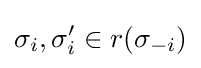
\sigma _{i},\sigma '_{i}\in r(\sigma _{-i})